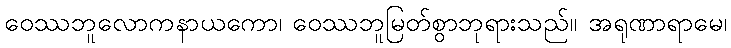
ဝေဿဘူလောကနာယကော၊ ဝေဿဘူမြတ်စွာဘုရားသည်။ အရုဏာရာမေ၊